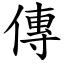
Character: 傳